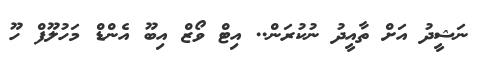
ނަޝީދު އަށް ތާއީދު ނުކުރަން.. އިޓް ވޯޒް އިބޫ އެންޑް މަހުލޫފް ހޫ